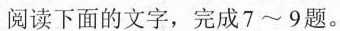
读下面的文字，完成7~9题。